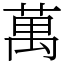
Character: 萬